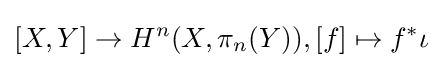
[X,Y]\rightarrow H^{n}(X,\pi _{n}(Y)),[f]\mapsto f^{*}\iota